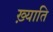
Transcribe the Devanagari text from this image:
ख़्याति